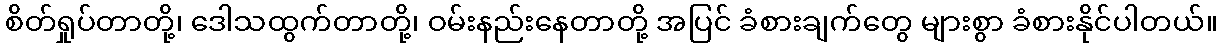
စိတ်ရှုပ်တာတို့၊ ဒေါသထွက်တာတို့၊ ဝမ်းနည်းနေတာတို့ အပြင် ခံစားချက်တွေ များစွာ ခံစားနိုင်ပါတယ်။